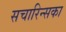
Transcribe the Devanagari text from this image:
सचारिन्सका